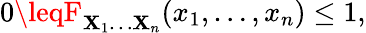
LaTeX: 0\leqF_{\mathbf{X}_{1}\ldots\mathbf{X}_{n}}(x_{1},\ldots,x_{n})\leq1,